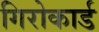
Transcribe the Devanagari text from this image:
गिरोकार्ड